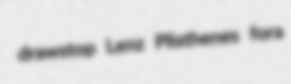
drawstop Lenz Plisthenes fora